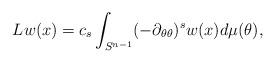
LaTeX: \begin{align*}Lw(x)=c_s\int_{S^{n-1}}(-\partial_{\theta\theta})^sw(x)d\mu(\theta),\end{align*}